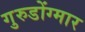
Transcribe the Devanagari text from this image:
गुरुडोंग्मार